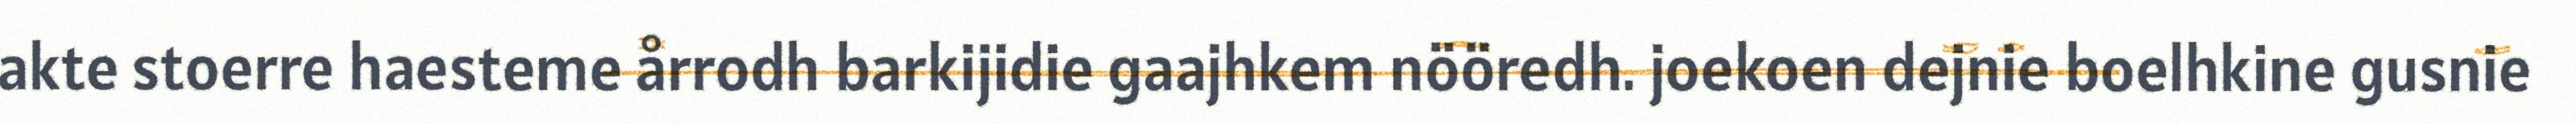
akte stoerre haesteme årrodh barkijidie gaajhkem nööredh. joekoen dejnie boelhkine gusnie